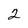
Character: 2